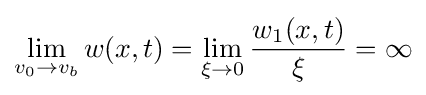
\lim _{v_{0}\to v_{b}}w(x,t)=\lim _{\xi \to 0}{w_{1}(x,t) \over \xi }=\infty